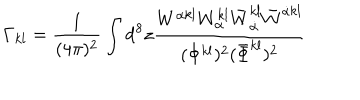
\Gamma _ { k l } = \frac { 1 } { ( 4 \pi ) ^ { 2 } } \int \mathrm { d } ^ { 8 } z \frac { W ^ { \alpha k l } W _ { \alpha } ^ { k l } \bar { W } _ { \dot { \alpha } } ^ { k l } \bar { W } ^ { \dot { \alpha } k l } } { ( \Phi ^ { k l } ) ^ { 2 } ( \bar { \Phi } ^ { k l } ) ^ { 2 } }